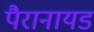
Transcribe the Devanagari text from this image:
पैरानायड